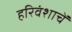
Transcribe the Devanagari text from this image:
हरिवंशाचें